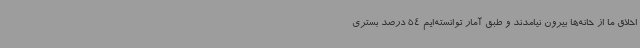
اخلاق ما از خانه‌ها بیرون نیامدند و طبق آمار توانسته‌ایم 54 درصد بستری